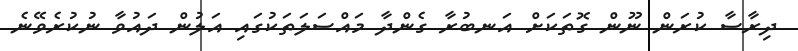
ދިރާސާ ކުރަން ނޫން ގޮތަކަށް އަނބުރާ ގެންދާ މައްސަލަތަކުގައި އަލުން ދައުވާ ނުކުރެވޭނެ